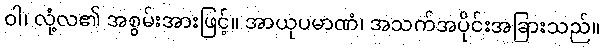
ဝါ၊ လုံ့လ၏ အစွမ်းအားဖြင့်။ အာယုပမာဏံ၊ အသက်အပိုင်းအခြားသည်။